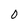
Character: 0